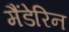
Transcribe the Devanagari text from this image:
मैंडेरिन